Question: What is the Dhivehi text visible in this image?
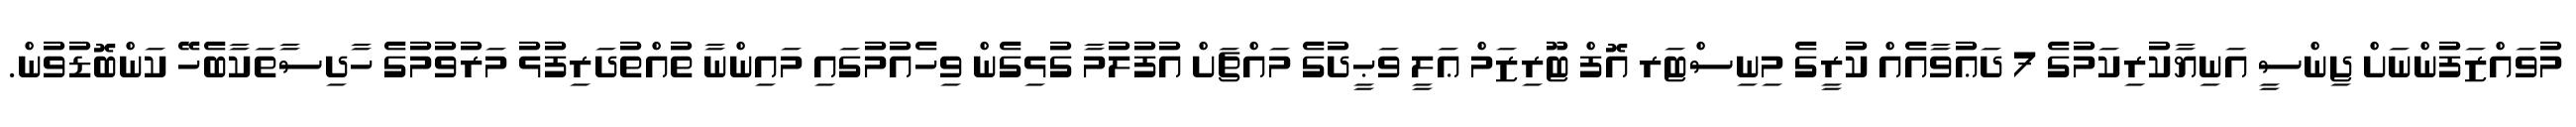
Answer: މުވައްޒަފުންނަށް ޖިންސީ އަނިޔާކުރިކަމުގެ 7 ދަޢުވާއެއް ކުރީގެ މިނިސްޓަރ އޮފް ޓޫރިޒަމް ޢަލީ ވަޙީދުގެ މައްޗަށް އުފުލުމާ ގުޅިގެން ވިހެއުމުގައި މައިންނާ ތުއްތުދަރިފުޅު މަރުވުމުގެ ހާދިސާތަކާބެހޭ ކަންބޮޑުވުން.